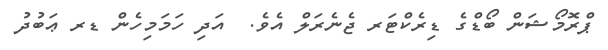
ޕްރޮމޯޝަން ބޯޑްގެ ޑިރެކްޓަރ ޖެނެރަލް އެވެ.  އަދި ހަމަމިހެން ޑރ ޢަބުދު